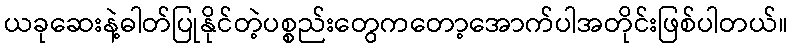
ယခုဆေးနဲ့ဓါတ်ပြုနိုင်တဲ့ပစ္စည်းတွေကတော့အောက်ပါအတိုင်းဖြစ်ပါတယ်။